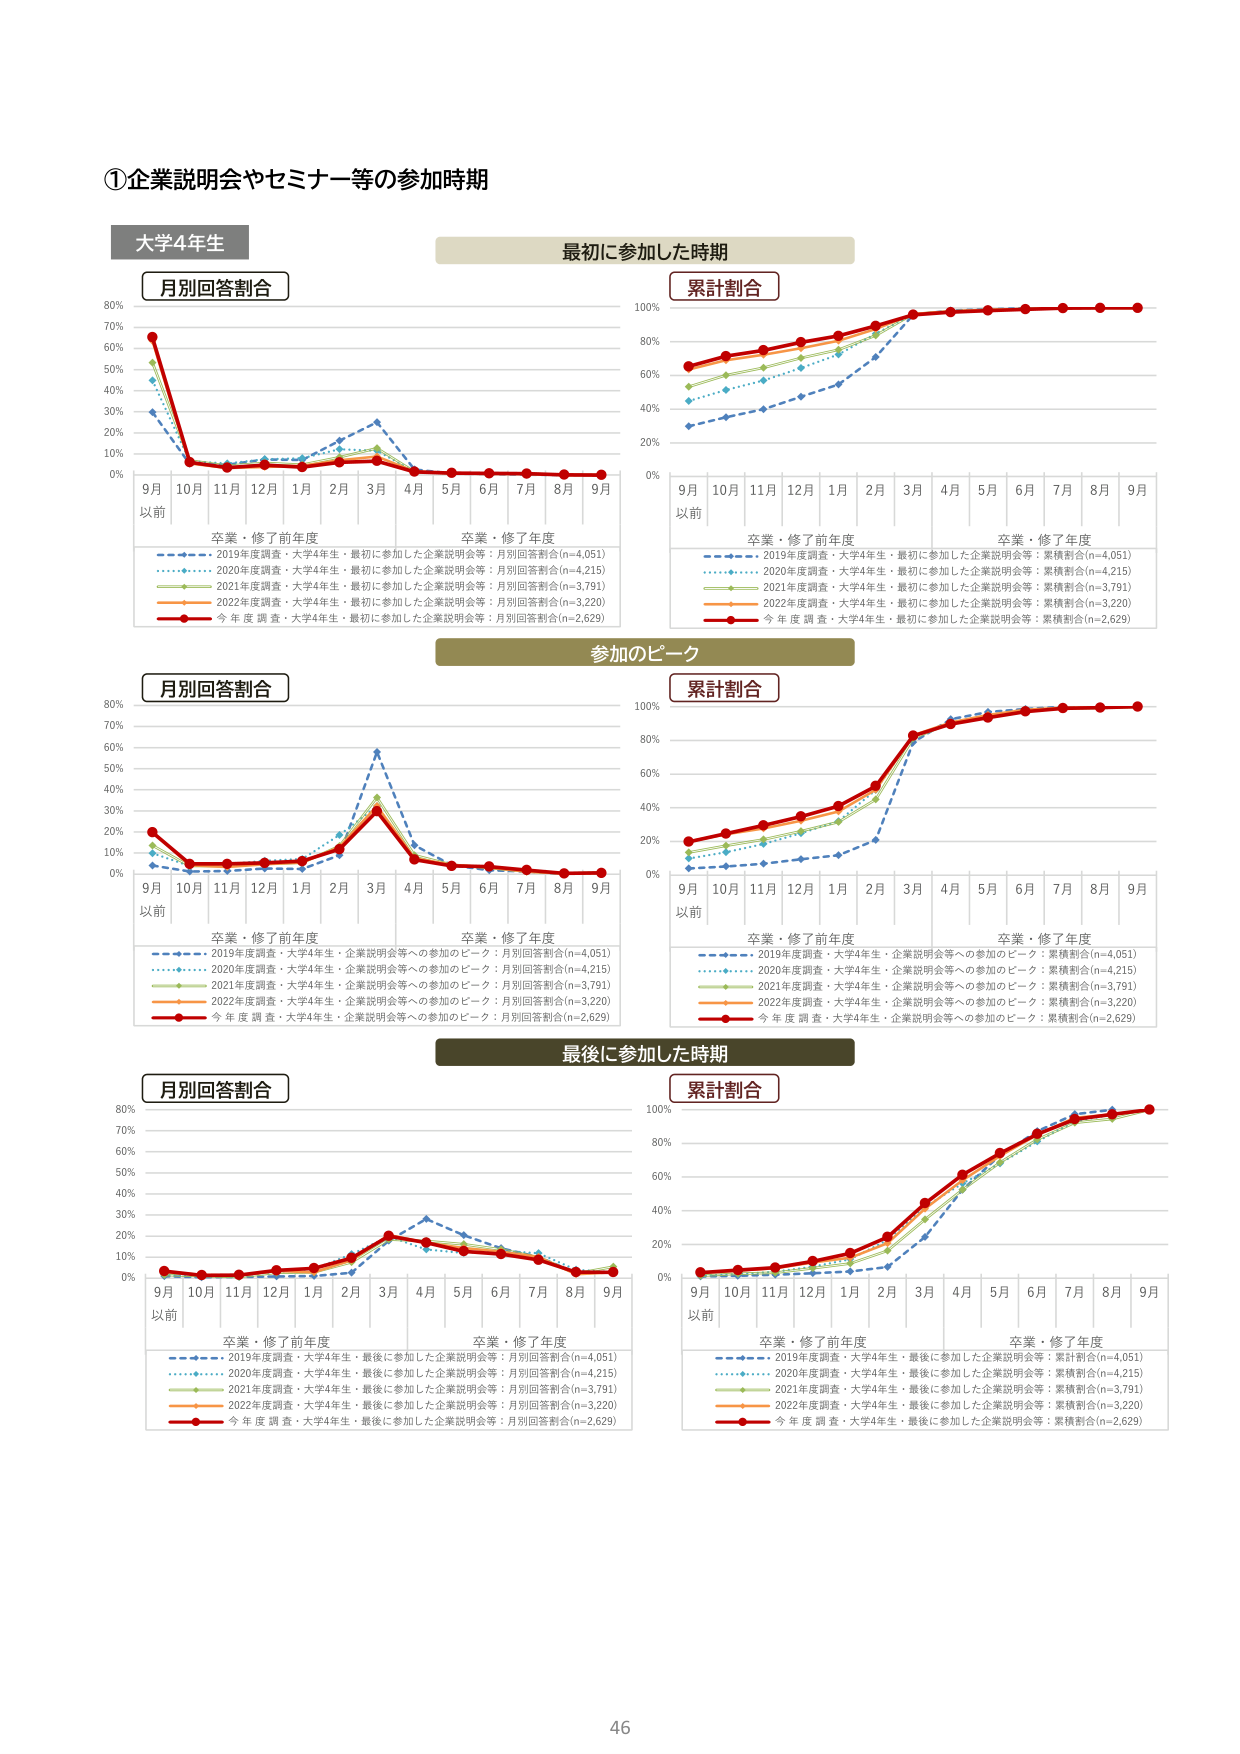
①企業説明会やセミナー等の参加時期

大学4年生

最初に参加した時期

月別回答割合
80%
70%
60%
50%
40%
30%
20%
10%
0%
9月
以前
10月 11月 12月 1月 2月 3月 4月 5月 6月 7月 8月 9月
卒業・修了前年度
卒業・修了年度
2019年度調査・大学4年生・最初に参加した企業説明会等：月別回答割合(n=4,051)
2020年度調査・大学4年生・最初に参加した企業説明会等：月別回答割合(n=4,215)
2021年度調査・大学4年生・最初に参加した企業説明会等：月別回答割合(n=3,791)
2022年度調査・大学4年生・最初に参加した企業説明会等：月別回答割合(n=3,220)
今年度調査・大学4年生・最初に参加した企業説明会等：月別回答割合(n=2,629)

累計割合
100%
80%
60%
40%
20%
0%
9月
以前
10月 11月 12月 1月 2月 3月 4月 5月 6月 7月 8月 9月
卒業・修了前年度
卒業・修了年度
2019年度調査・大学4年生・最初に参加した企業説明会等：累積割合(n=4,051)
2020年度調査・大学4年生・最初に参加した企業説明会等：累積割合(n=4,215)
2021年度調査・大学4年生・最初に参加した企業説明会等：累積割合(n=3,791)
2022年度調査・大学4年生・最初に参加した企業説明会等：累積割合(n=3,220)
今年度調査・大学4年生・最初に参加した企業説明会等：累積割合(n=2,629)

参加のピーク

月別回答割合
80%
70%
60%
50%
40%
30%
20%
10%
0%
9月
以前
10月 11月 12月 1月 2月 3月 4月 5月 6月 7月 8月 9月
卒業・修了前年度
卒業・修了年度
2019年度調査・大学4年生・企業説明会等への参加のピーク：月別回答割合(n=4,051)
2020年度調査・大学4年生・企業説明会等への参加のピーク：月別回答割合(n=4,215)
2021年度調査・大学4年生・企業説明会等への参加のピーク：月別回答割合(n=3,791)
2022年度調査・大学4年生・企業説明会等への参加のピーク：月別回答割合(n=3,220)
今年度調査・大学4年生・企業説明会等への参加のピーク：月別回答割合(n=2,629)

累計割合
100%
80%
60%
40%
20%
0%
9月
以前
10月 11月 12月 1月 2月 3月 4月 5月 6月 7月 8月 9月
卒業・修了前年度
卒業・修了年度
2019年度調査・大学4年生・企業説明会等への参加のピーク：累積割合(n=4,051)
2020年度調査・大学4年生・企業説明会等への参加のピーク：累積割合(n=4,215)
2021年度調査・大学4年生・企業説明会等への参加のピーク：累積割合(n=3,791)
2022年度調査・大学4年生・企業説明会等への参加のピーク：累積割合(n=3,220)
今年度調査・大学4年生・企業説明会等への参加のピーク：累積割合(n=2,629)

最後に参加した時期

月別回答割合
80%
70%
60%
50%
40%
30%
20%
10%
0%
9月
以前
10月 11月 12月 1月 2月 3月 4月 5月 6月 7月 8月 9月
卒業・修了前年度
卒業・修了年度
2019年度調査・大学4年生・最後に参加した企業説明会等：月別回答割合(n=4,051)
2020年度調査・大学4年生・最後に参加した企業説明会等：月別回答割合(n=4,215)
2021年度調査・大学4年生・最後に参加した企業説明会等：月別回答割合(n=3,791)
2022年度調査・大学4年生・最後に参加した企業説明会等：月別回答割合(n=3,220)
今年度調査・大学4年生・最後に参加した企業説明会等：月別回答割合(n=2,629)

累計割合
100%
80%
60%
40%
20%
0%
9月
以前
10月 11月 12月 1月 2月 3月 4月 5月 6月 7月 8月 9月
卒業・修了前年度
卒業・修了年度
2019年度調査・大学4年生・最後に参加した企業説明会等：累積割合(n=4,051)
2020年度調査・大学4年生・最後に参加した企業説明会等：累積割合(n=4,215)
2021年度調査・大学4年生・最後に参加した企業説明会等：累積割合(n=3,791)
2022年度調査・大学4年生・最後に参加した企業説明会等：累積割合(n=3,220)
今年度調査・大学4年生・最後に参加した企業説明会等：累積割合(n=2,629)

46